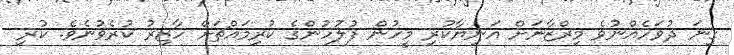
ގިނަ ދުވަހެއްނުވެ މިރްޒާނަށް އަނިޔާކުރި މީހުން ފުލުހުންގެ ކުރިމައްޗަށް ހާޒިރު ކުރެވުނެވެ. ކުރި